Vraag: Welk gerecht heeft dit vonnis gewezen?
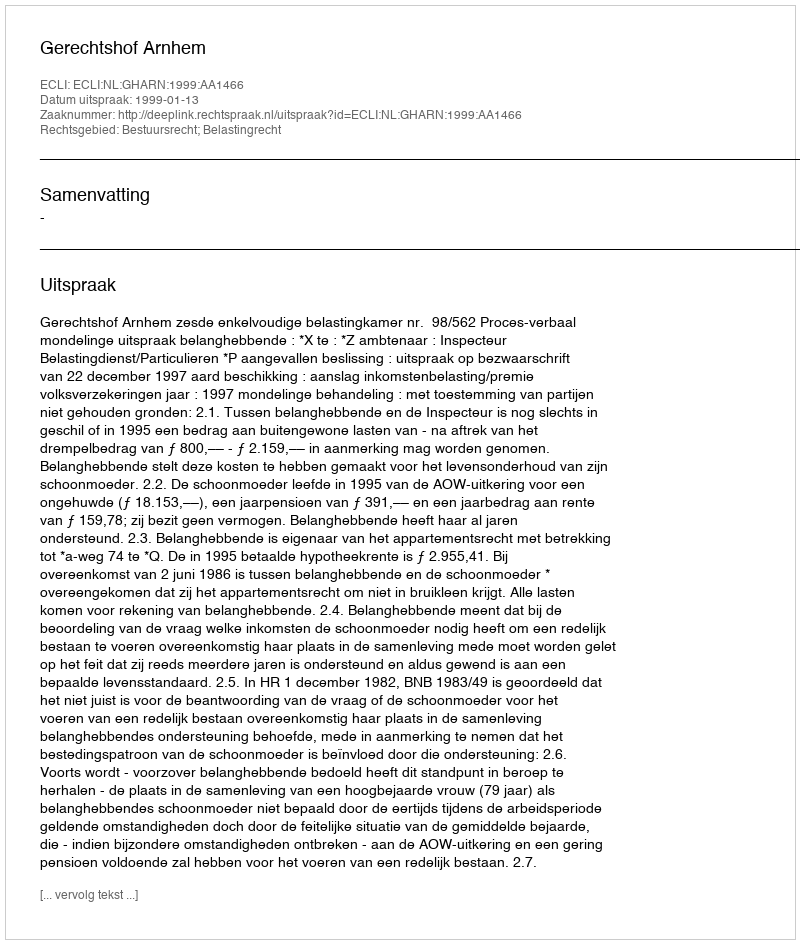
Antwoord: Gerechtshof Arnhem